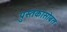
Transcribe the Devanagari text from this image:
पुस्तकासोबत